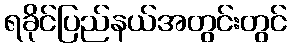
ရခိုင်ပြည်နယ်အတွင်းတွင်